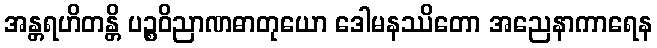
အန္တရဟိတန္တိ ပဉ္စဝိညာဏဓာတုယော ဒေါမနဿိတော အညေနာကာရေန